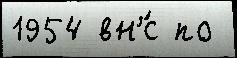
1954 вн'́с по